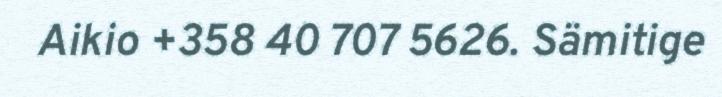
Aikio +358 40 707 5626. Sämitige